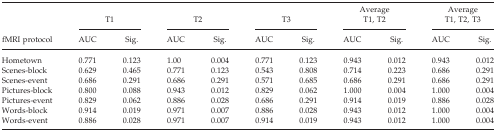
<table><thead><tr><td rowspan="2"><b>fMRI protocol</b></td><td colspan="2"><b>T1</b></td><td colspan="2"><b>T2</b></td><td colspan="2"><b>T3</b></td><td colspan="2"><b>Average T1, T2</b></td><td colspan="2"><b>Average T1, T2, T3</b></td></tr><tr><td><b>AUC</b></td><td><b>Sig.</b></td><td><b>AUC</b></td><td><b>Sig.</b></td><td><b>AUC</b></td><td><b>Sig.</b></td><td><b>AUC</b></td><td><b>Sig.</b></td><td><b>AUC</b></td><td><b>Sig.</b></td></tr></thead><tbody><tr><td>Hometown</td><td>0.771</td><td>0.123</td><td>1.00</td><td>0.004</td><td>0.771</td><td>0.123</td><td>0.943</td><td>0.012</td><td>0.943</td><td>0.012</td></tr><tr><td>Scenes‐block</td><td>0.629</td><td>0.465</td><td>0.771</td><td>0.123</td><td>0.543</td><td>0.808</td><td>0.714</td><td>0.223</td><td>0.686</td><td>0.291</td></tr><tr><td>Scenes‐event</td><td>0.686</td><td>0.291</td><td>0.686</td><td>0.291</td><td>0.571</td><td>0.685</td><td>0.686</td><td>0.291</td><td>0.686</td><td>0.291</td></tr><tr><td>Pictures‐block</td><td>0.800</td><td>0.088</td><td>0.943</td><td>0.012</td><td>0.829</td><td>0.062</td><td>1.000</td><td>0.004</td><td>1.000</td><td>0.004</td></tr><tr><td>Pictures‐event</td><td>0.829</td><td>0.062</td><td>0.886</td><td>0.028</td><td>0.686</td><td>0.291</td><td>0.914</td><td>0.019</td><td>0.886</td><td>0.028</td></tr><tr><td>Words‐block</td><td>0.914</td><td>0.019</td><td>0.971</td><td>0.007</td><td>0.886</td><td>0.028</td><td>0.943</td><td>0.012</td><td>1.000</td><td>0.004</td></tr><tr><td>Words‐event</td><td>0.886</td><td>0.028</td><td>0.971</td><td>0.007</td><td>0.914</td><td>0.019</td><td>0.943</td><td>0.012</td><td>1.000</td><td>0.004</td></tr></tbody></table>